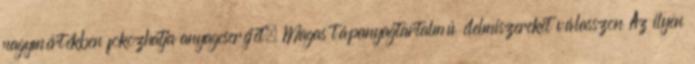
nagymértékben fokozhatja anyagcseréjét. Magas tápanyagtartalmú élelmiszereket válasszon Az ilyen